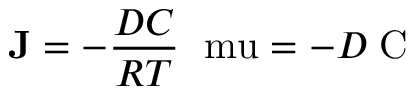
\mathbf { J } = - \frac { D C } { R T } \mathrm { \nabla \ m u } = - D \mathrm { \nabla C }